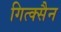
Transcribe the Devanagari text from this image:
गित्क्सैन